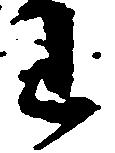
わ